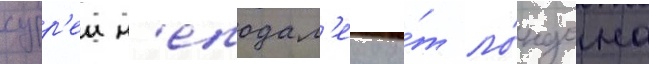
сурр'еи н'еподал'еку о́т ло́ндона